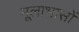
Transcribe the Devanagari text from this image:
मूलाभासों